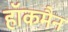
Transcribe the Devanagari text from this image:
हाॅकमैन